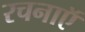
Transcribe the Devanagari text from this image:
रचनाऍ